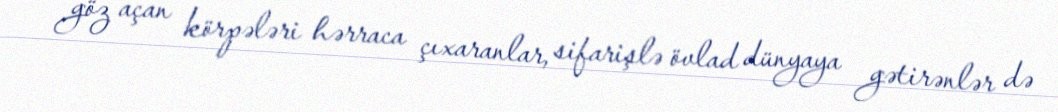
göz açan körpələri hərraca çıxaranlar, sifarişlə övlad dünyaya gətirənlər də